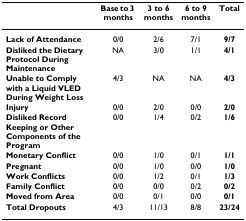
|  | Base to 3 months | 3 to 6 months | 6 to 9 months | Total |
 | --- | --- | --- | --- | --- |
 | Lack of Attendance | 0/0 | 2/6 | 7/1 | 9/7 |
 | Disliked the Dietary Protocol During Maintenance | NA | 3/0 | 1/1 | 4/1 |
 | Unable to Comply with a Liquid VLED During Weight Loss | 4/3 | NA | NA | 4/3 |
 | Injury | 0/0 | 2/0 | 0/0 | 2/0 |
 | Disliked Record Keeping or Other Components of the Program | 0/0 | 1/4 | 0/2 | 1/6 |
 | Monetary Conflict | 0/0 | 1/0 | 0/1 | 1/1 |
 | Pregnant | 0/0 | 1/0 | 0/0 | 1/0 |
 | Work Conflicts | 0/0 | 1/2 | 0/1 | 1/3 |
 | Family Conflict | 0/0 | 0/0 | 0/2 | 0/2 |
 | Moved from Area | 0/0 | 0/1 | 0/0 | 0/1 |
 | Total Dropouts | 4/3 | 11/13 | 8/8 | 23/24 |